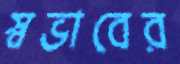
স্বভাবের